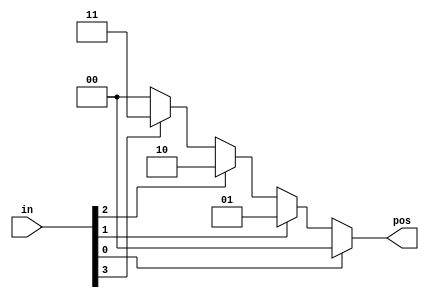
// synthesis verilog_input_version verilog_2001
module top_module (
    input [3:0] in,
    output reg [1:0] pos  );
    
    always @ (*)
        begin
            if(in[0] == 1)
                pos = 2'd0;
            else if(in[1] == 1)
                pos = 2'd1;
            else if(in[2] == 1)
                pos = 2'd2;
            else if(in[3] == 1)
                pos = 2'd3;
            else 
                pos = 2'd0;
        end                    

endmodule